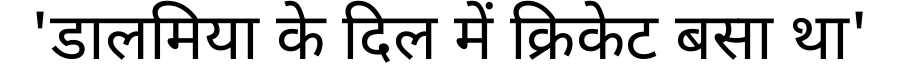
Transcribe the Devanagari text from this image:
'डालमिया के दिल में क्रिकेट बसा था'